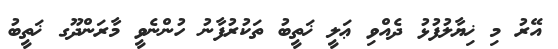
އޭރު މި ޚިޔާލުފުޅު ދެއްވި ޢަލީ ޚަތީބު ތަކުރުފާނު ހުންނެވީ މާރަންދޫގ ޚަތީބު